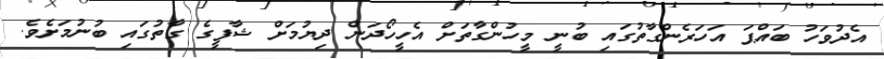
އެދުވަހު ބައްޕަ އަހަރެންގާތުގައި ބުނީ މީހުންގާތަށް އެހީހޯދަން ދިޔުމަށް ޝާފީގެ ގާތުގައި ބުނުމަށެވެ.